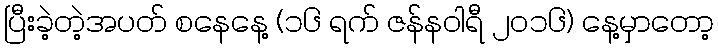
ပြီးခဲ့တဲ့အပတ် စနေနေ့ (၁၆ ရက် ဇန်နဝါရီ ၂၀၁၆) နေ့မှာတော့